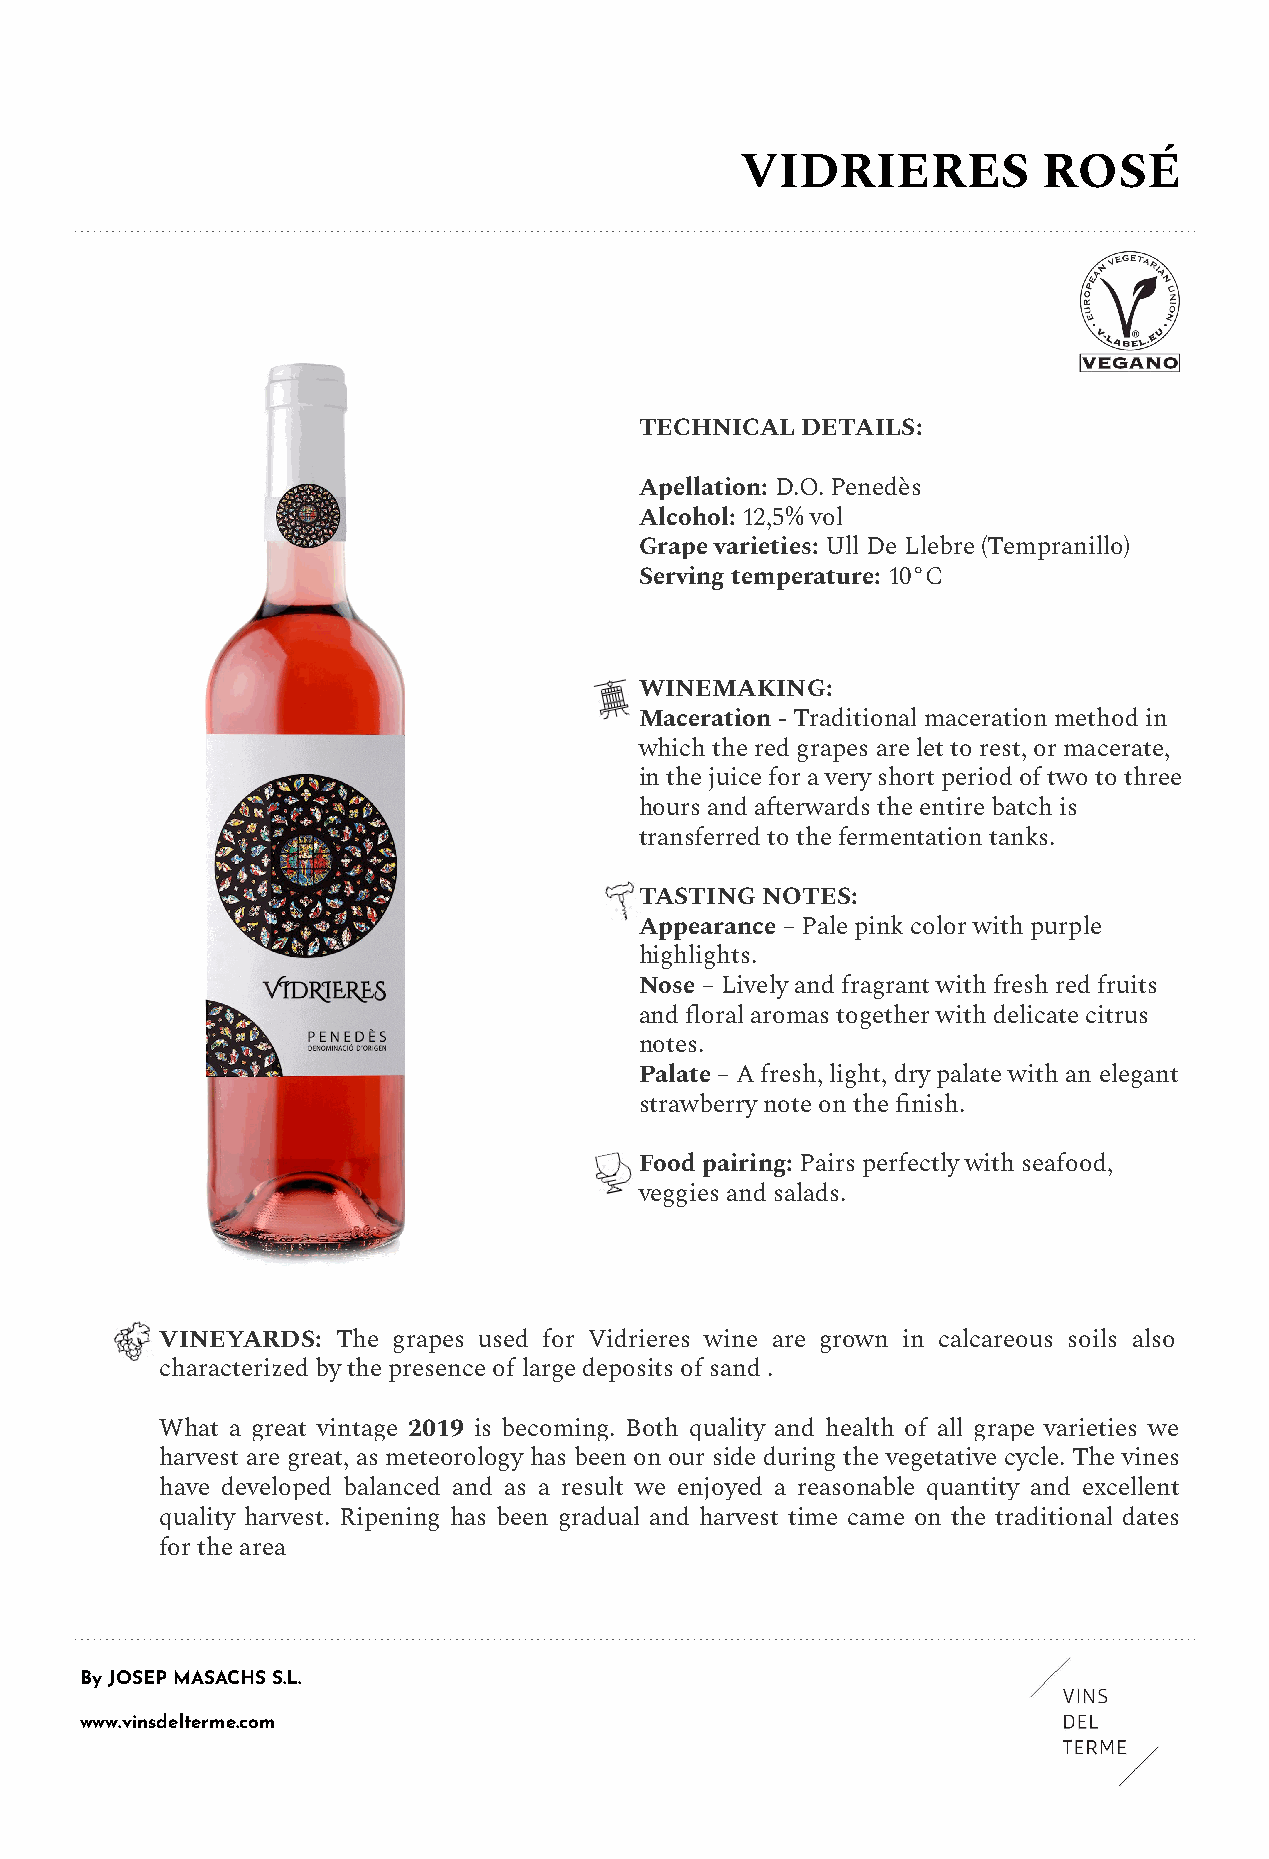
VIDRIERES           ROSÉ
 TECHNICAL  DETAILS:
 Apellation: D.O. Penedès
 Alcohol: 12,5% vol
 Grape varieties: Ull De Llebre (Tempranillo)
 Serving temperature: 10°C
 WINEMAKING:
 Maceration - Traditional maceration method in
 which the red grapes are let to rest, or macerate,
 in the juice for a very short period of two to three
 hours and afterwards the entire batch is
 transferred to the fermentation tanks.
 TASTING NOTES:
 Appearance – Pale pink color with purple
 highlights.
 Nose – Lively and fragrant with fresh red fruits
 and floral aromas together with delicate citrus
 notes.
 Palate – A fresh, light, dry palate with an elegant
 strawberry note on the finish.
 Food pairing: Pairs perfectly with seafood,
 veggies and salads.
 VINEYARDS: The grapes used for Vidrieres wine are grown in calcareous soils also
 characterized by the presence of large deposits of sand .
 What a great vintage 2019 is becoming. Both quality and health of all grape varieties we
 harvest are great, as meteorology has been on our side during the vegetative cycle. The vines
 have developed balanced and as a result we enjoyed a reasonable quantity and excellent
 quality harvest. Ripening has been gradual and harvest time came on the traditional dates
 for the area
 By JOSEP MASACHS S.L.
 www.vinsdelterme.com